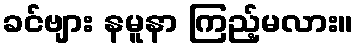
ခင်ဗျား နမူနာ ကြည့်မလား။